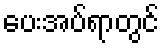
ပေးအပ်ရာတွင်